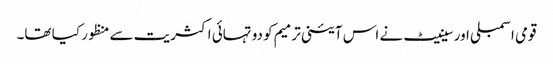
قومی اسمبلی اور سینیٹ نے اس آئینی ترمیم کو دو تہائی اکثریت سے منظور کیا تھا۔